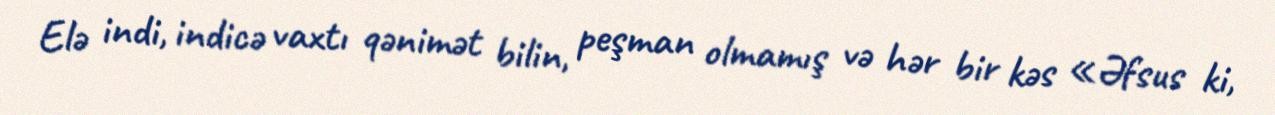
Elə indi, indicə vaxtı qənimət bilin, peşman olmamış və hər bir kəs «Əfsus ki,